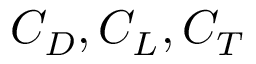
C _ { D } , C _ { L } , C _ { T }